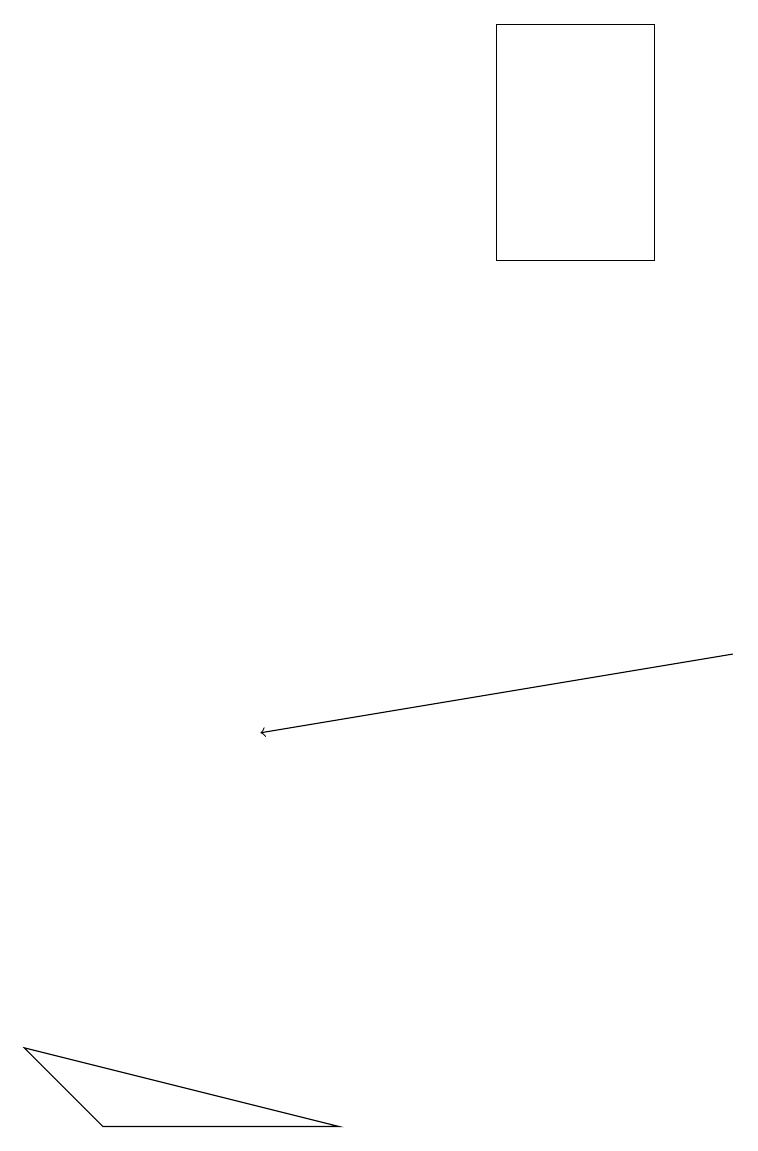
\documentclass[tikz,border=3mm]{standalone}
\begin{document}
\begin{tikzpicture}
\draw[->] (9,11) -- (3,10);
\draw (8,19) rectangle (6,16);
\draw (4,5) -- (1,5) -- (0,6) -- cycle;
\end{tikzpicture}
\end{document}